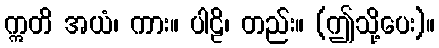
ဣတိ အယံ၊ ကား။ ပါဠိ၊ တည်း။ (ဤသို့ပေး)။